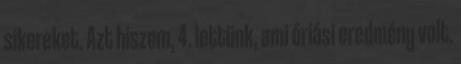
sikereket. Azt hiszem, 4. lettünk, ami óriási eredmény volt.